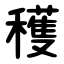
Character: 穫